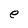
Character: e